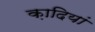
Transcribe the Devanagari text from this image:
क़ादियां